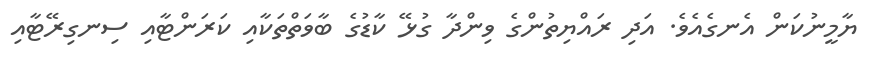
ޔާމީނުކަން އެނގެއެވެ. އަދި ރައްޔިތުންގެ ވިންދާ ގުޅޭ ކާޑުގެ ބާވަތްތަކާއި ކަރަންޓާއި ސިނގިރޭޓާއި